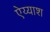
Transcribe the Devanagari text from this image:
ऐय्याश